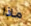
ماذا